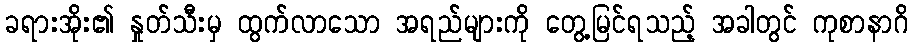
ခရားအိုး၏ နှုတ်သီးမှ ထွက်လာသော အရည်များကို တွေ့မြင်ရသည့် အခါတွင် ကုစာနာဂိ